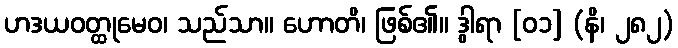
ဟဒယဝတ္ထုမေဝ၊ သည်သာ။ ဟောတိ၊ ဖြစ်၏။ ဒွါရာ [၀၁] (နိ၊ ၂၈၂)